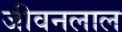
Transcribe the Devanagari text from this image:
जीवनलाल